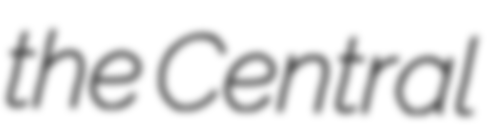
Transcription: the Central